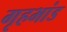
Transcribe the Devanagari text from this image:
गृहभांड